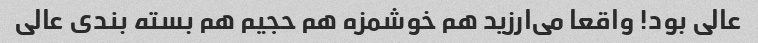
عالی بود! واقعا می‌ارزید هم خوشمزه هم حجیم هم بسته بندی عالی